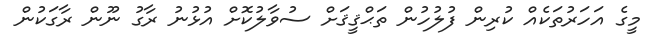
މީގެ އަހަރުތަކެއް ކުރިން ފުލުހުން ތަޙްޤީޤަށް ސުވާލުކޮށް އުޅުނު ރާގު ނޫން ރާގަކުން